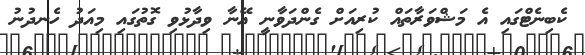
ކެބިނެޓްގައި އެ މަޝްވަރާތައް ކުރިއަށް ގެންދަވާނީ އޭނާ ވިދާޅުވި ގޮތުގައި މިއަދު ހެނދުނު